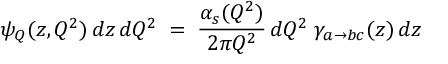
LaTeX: \psi _ { Q } ( z , Q ^ { 2 } ) \, d z \, d Q ^ { 2 } \; = \; \frac { \alpha _ { s } ( Q ^ { 2 } ) } { 2 \pi Q ^ { 2 } } \, d Q ^ { 2 } \; \gamma _ { a \rightarrow b c } ( z ) \, d z